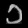
Digit: ၁